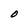
Character: O